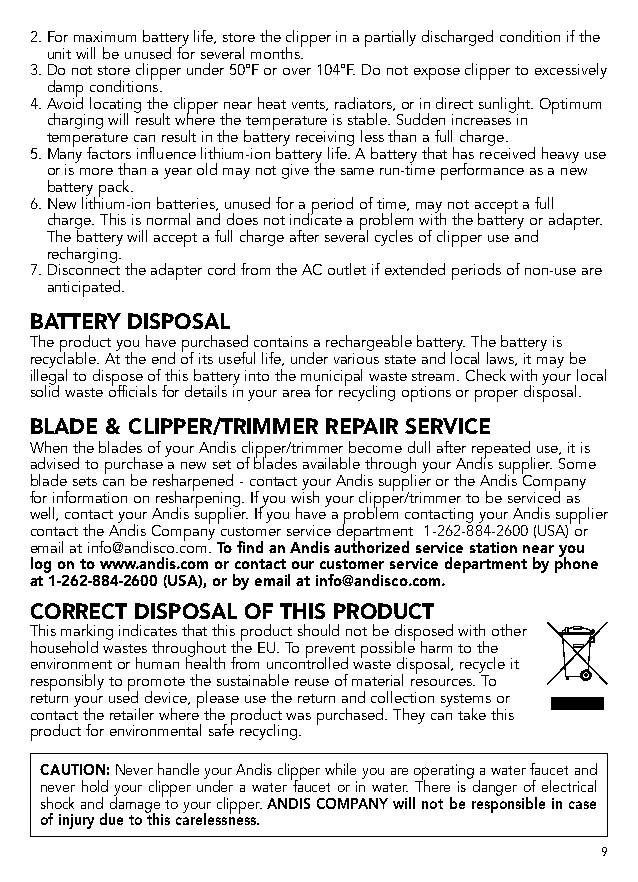
2. For maximum battery life, store the clipper in a partially discharged condition if the
 unit will be unused for several months.
 3. Do not store clipper under 50°F or over 104°F. Do not expose clipper to excessively
 damp conditions.
 4. Avoid locating the clipper near heat vents, radiators, or in direct sunlight. Optimum
 charging will result where the temperature is stable. Sudden increases in
 temperature can result in the battery receiving less than a full charge.
 5. Many factors influence lithium-ion battery life. A battery that has received heavy use
 or is more than a year old may not give the same run-time performance as a new
 battery pack.
 6. New lithium-ion batteries, unused for a period of time, may not accept a full
 charge. This is normal and does not indicate a problem with the battery or adapter.
 The battery will accept a full charge after several cycles of clipper use and
 recharging.
 7. Disconnect the adapter cord from the AC outlet if extended periods of non-use are
 anticipated.
 BATTERY DISPOSAL
 The product you have purchased contains a rechargeable battery. The battery is
 recyclable. At the end of its useful life, under various state and local laws, it may be
 illegal to dispose of this battery into the municipal waste stream. Check with your local
 solid waste officials for details in your area for recycling options or proper disposal.
 BLADE & CLIPPER/TRIMMER REPAIR SERVICE
 When the blades of your Andis clipper/trimmer become dull after repeated use, it is
 advised to purchase a new set of blades available through your Andis supplier. Some
 blade sets can be resharpened - contact your Andis supplier or the Andis Company
 for information on resharpening. If you wish your clipper/trimmer to be serviced as
 well, contact your Andis supplier. If you have a problem contacting your Andis supplier
 contact the Andis Company customer service department 1-262-884-2600 (USA) or
 email at info@andisco.com. To find an Andis authorized service station near you
 log on to www.andis.com or contact our customer service department by phone
 at 1-262-884-2600 (USA), or by email at info@andisco.com.
 CORRECT DISPOSAL OF THIS PRODUCT
 This marking indicates that this product should not be disposed with other
 household wastes throughout the EU. To prevent possible harm to the
 environment or human health from uncontrolled waste disposal, recycle it
 responsibly to promote the sustainable reuse of material resources. To
 return your used device, please use the return and collection systems or
 contact the retailer where the product was purchased. They can take this
 product for environmental safe recycling.
 CAUTION: Never handle your Andis clipper while you are operating a water faucet and
 never hold your clipper under a water faucet or in water. There is danger of electrical
 shock and damage to your clipper. ANDIS COMPANY will not be responsible in case
 of injury due to this carelessness.
 9